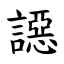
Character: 䜑